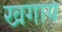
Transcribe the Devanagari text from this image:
खगाय